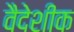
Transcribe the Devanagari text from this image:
वैदेशीक